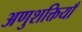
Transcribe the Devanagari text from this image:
अणुशक्तियाँ